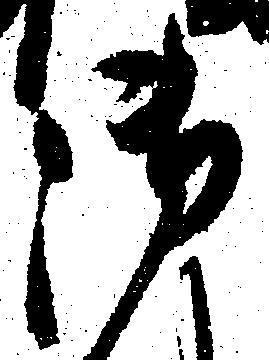
御